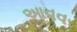
આવવ